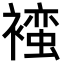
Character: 𬡯